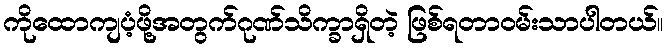
ကိုထောကျပံ့ဖို့အတွက်ဂုဏ်သိက္ခာရှိတဲ့ ဖြစ်ရတာဝမ်းသာပါတယ်။